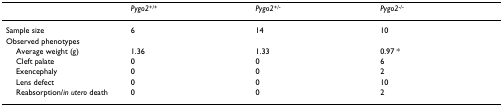
|  | Pygo2+/+ | Pygo2+/- | Pygo2-/- |
 | --- | --- | --- | --- |
 | Sample size | 6 | 14 | 10 |
 | Observed phenotypes |  |  |  |
 | Average weight (g) | 1.36 | 1.33 | 0.97 * |
 | Cleft palate | 0 | 0 | 6 |
 | Exencephaly | 0 | 0 | 2 |
 | Lens defect | 0 | 0 | 10 |
 | Reabsorption/in utero death | 0 | 0 | 2 |